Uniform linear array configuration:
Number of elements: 12
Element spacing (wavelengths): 1
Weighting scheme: binomial
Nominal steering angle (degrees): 45
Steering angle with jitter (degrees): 44.933
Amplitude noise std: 0.05
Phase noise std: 0.05

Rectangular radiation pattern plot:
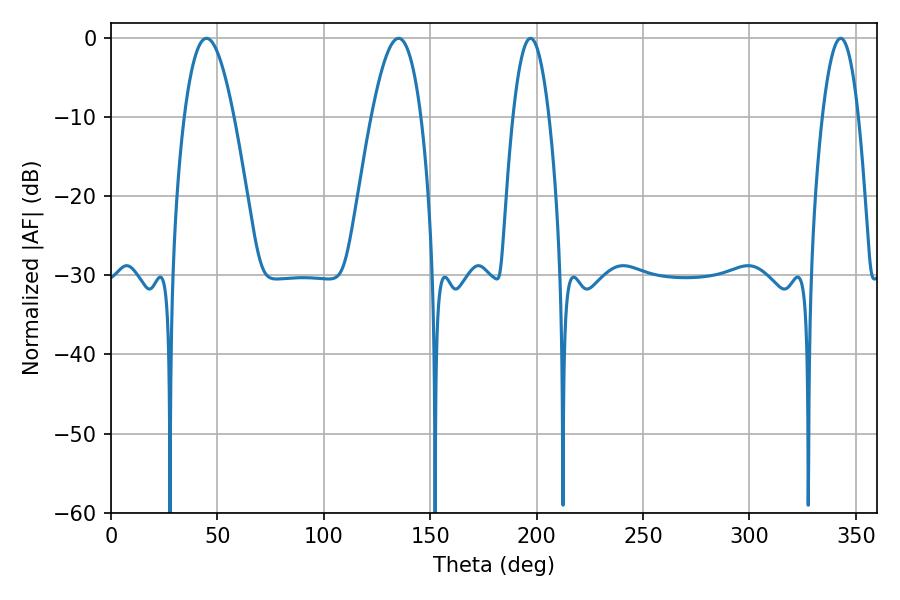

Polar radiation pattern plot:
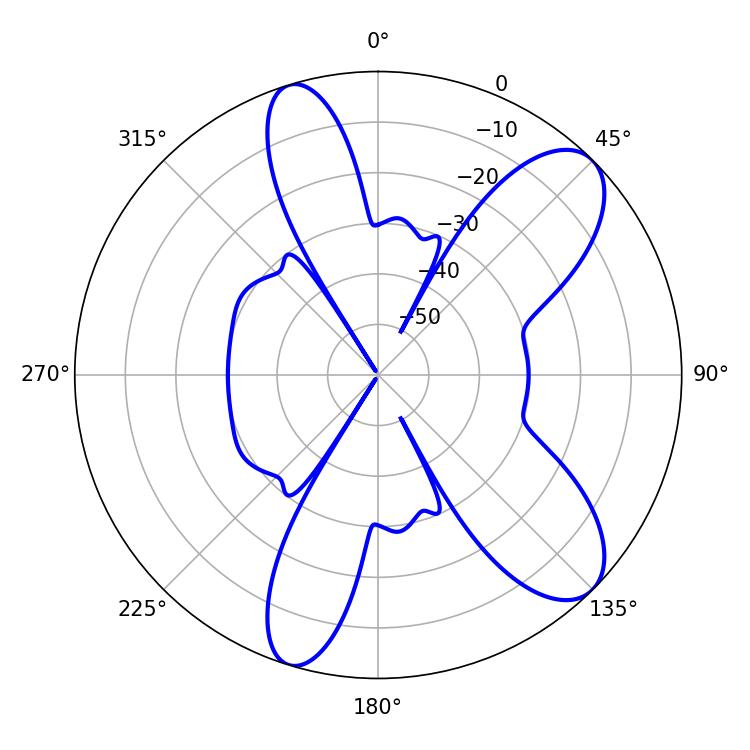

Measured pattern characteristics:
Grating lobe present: TRUE
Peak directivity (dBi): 9.274
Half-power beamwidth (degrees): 9.18
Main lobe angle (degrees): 342.9